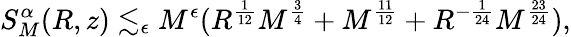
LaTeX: S_{M}^{\alpha}(R,z)\lesssim_{\epsilon}M^{\epsilon}(R^{\frac{1}{12}}M^{\frac{3}{4}}+M^{\frac{11}{12}}+R^{-\frac{1}{24}}M^{\frac{23}{24}}),